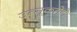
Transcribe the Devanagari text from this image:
उत्सूकतेने